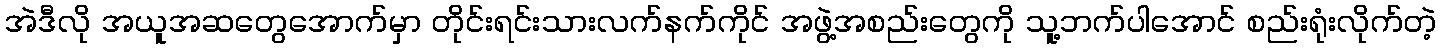
အဲဒီလို အယူအဆတွေအောက်မှာ တိုင်းရင်းသားလက်နက်ကိုင် အဖွဲ့အစည်းတွေကို သူ့ဘက်ပါအောင် စည်းရုံးလိုက်တဲ့